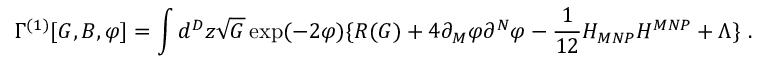
\Gamma ^ { ( 1 ) } [ G , B , \varphi ] = \int d ^ { D } z \sqrt { G } \exp ( - 2 \varphi ) \{ R ( G ) + 4 \partial _ { M } \varphi \partial ^ { N } \varphi - \frac { 1 } { 1 2 } H _ { M N P } H ^ { M N P } + \Lambda \} \, \, .